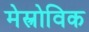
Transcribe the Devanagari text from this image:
मेस्त्रोविक